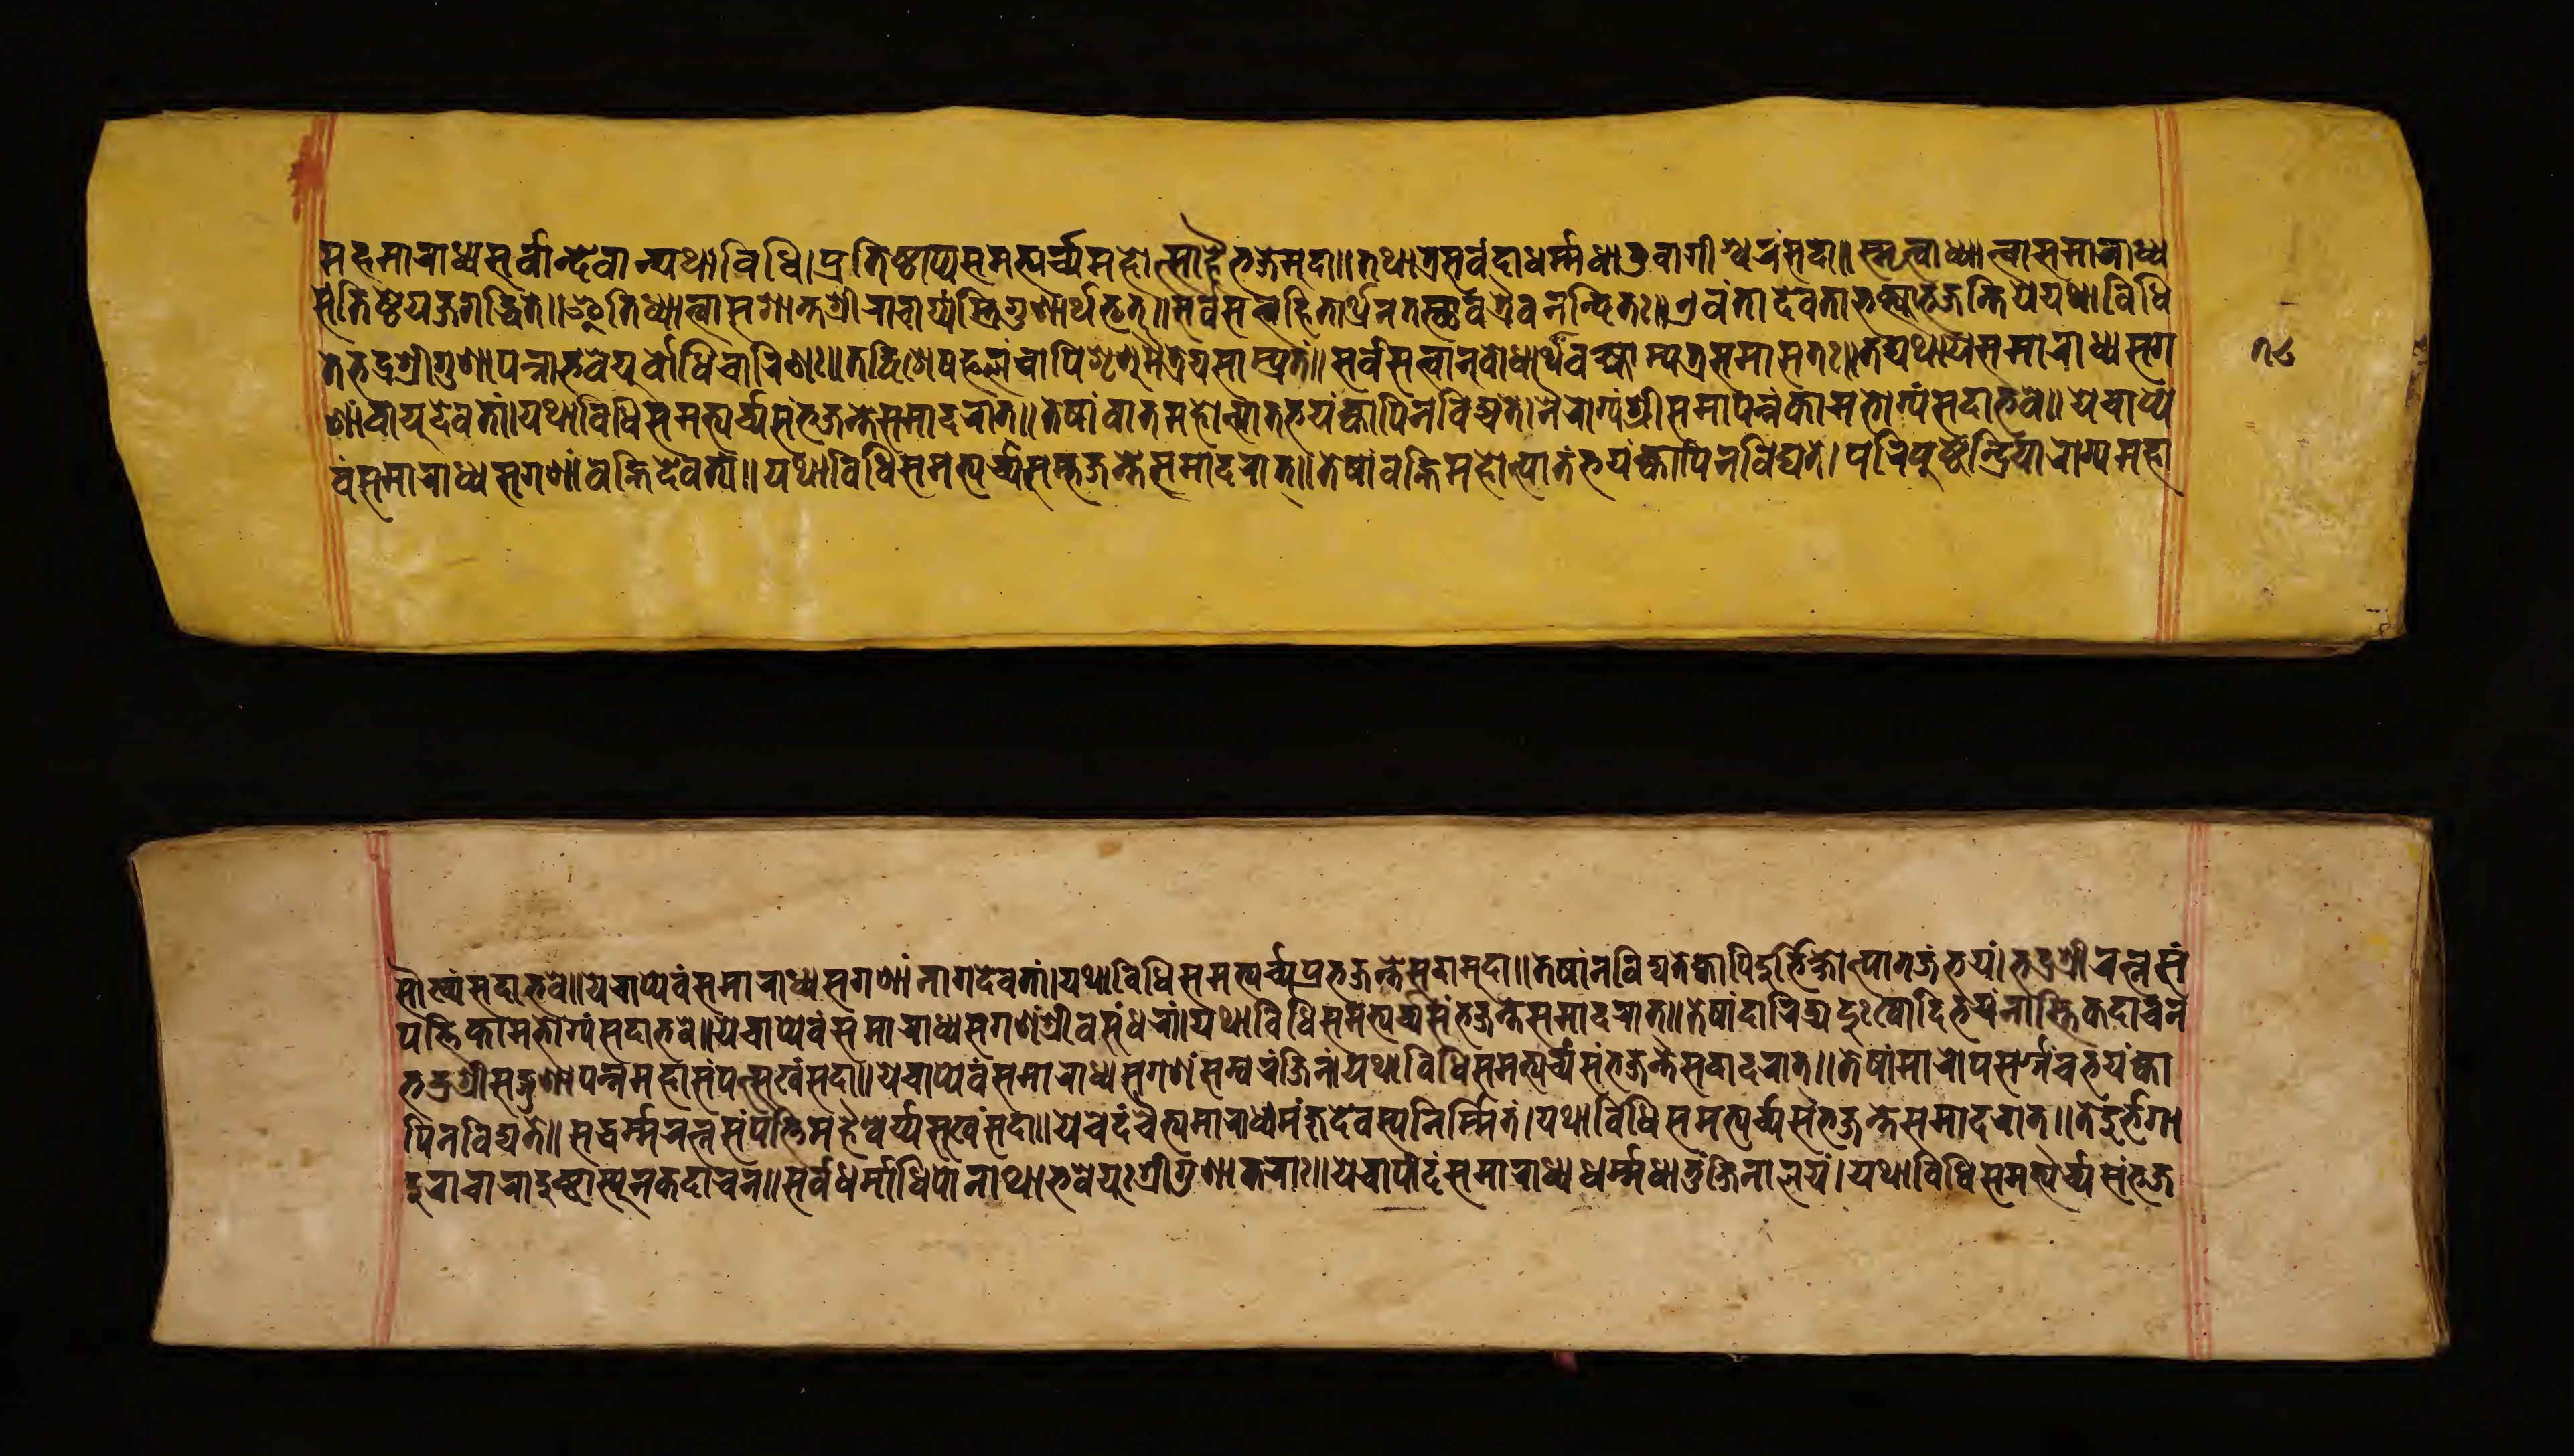
𑐩𑐴𑐩𑐵𑐬𑐵𑐢𑑂𑐫𑐳𑐬𑑂𑐰𑐵𑐣𑑂𑐡𑐾𑐰𑐵𑐣𑑂𑐫𑐠𑐵𑐰𑐶𑐢𑐶𑑋𑐥𑑂𑐬𑐟𑐶𑐲𑑂𑐛𑐵𑐥𑑂𑐫𑐳𑐩𑐨𑑂𑐫𑐬𑑂𑐔𑑂𑐫𑐩𑐴𑑀𑐟𑑂𑐳𑐵𑐴𑐿𑐬𑑂𑐨𑐖𑐾𑐩𑐸𑐡𑐵𑑌𑐟𑐠𑐵𑐟𑑂𑐬𑐳𑐬𑑂𑐰𑐡𑐵𑐢𑐬𑑂𑐩𑑂𑐩𑐢𑐵𑐟𑐸𑐰𑐵𑐐𑐷𑐱𑑂𑐰𑐬𑑄𑐳𑐡𑐵𑑌𑐳𑑂𑐩𑐺𑐟𑑂𑐰𑐵𑐢𑑂𑐫𑐵𑐟𑑂𑐰𑐵𑐳𑐩𑐵𑐬𑐵𑐢𑑂𑐫 𑐳𑑄𑐟𑐶𑐲𑑂𑐛𑐾𑐫𑑄𑐖𑐐𑐡𑑂𑐢𑐶𑐟𑐾𑑌𑐂𑐟𑐶𑐢𑑂𑐫𑐵𑐟𑑂𑐰𑐵𑐳𑐱𑐵𑐣𑑂𑐟𑐱𑑂𑐬𑐷𑐬𑐵𑐔𑐵𑐬𑑂𑐫𑐳𑑂𑐟𑑂𑐬𑐶𑐐𑐸𑐞𑐵𑐬𑑂𑐠𑐨𑐺𑐟𑑂𑑌𑐳𑐬𑑂𑐰𑐳𑐟𑑂𑐟𑑂𑐰𑐴𑐶𑐟𑐵𑐬𑑂𑐠𑐾𑐣𑐟𑐠𑐵𑐰𑐟𑑂𑐬𑐿𑐰𑐣𑐣𑑂𑐡𑐶𑐟𑑅𑑌𑐊𑐰𑑄𑐟𑐵𑐡𑐾𑐰𑐟𑐵𑐨𑐎𑑂𑐟𑑂𑐫𑐵𑐨𑐖𑐣𑑂𑐟𑐶𑐫𑐾𑐫𑐠𑐵𑐰𑐶𑐢𑐶 𑐟𑐾𑐨𑐡𑑂𑐬𑐱𑑂𑐬𑐷𑐐𑐸𑐞𑐵𑐥𑐣𑑂𑐣𑐵𑐨𑐰𑐾𑐫𑐸𑐬𑑂𑐧𑑀𑐢𑐶𑐔𑐵𑐬𑐶𑐞𑑅𑑌𑐟𑐡𑑂𑐰𑐶𑐱𑐾𑐲𑐦𑐮𑑄𑐔𑐵𑐥𑐶𑐱𑐺𑐞𑐸𑐩𑐿𑐟𑑂𑐬𑐾𑐫𑐳𑐵𑑄𑐥𑑂𑐬𑐟𑑄𑑌𑐳𑐬𑑂𑐰𑐳𑐟𑑂𑐟𑑂𑐰𑐵𑐣𑐸𑐧𑑀𑐢𑐵𑐬𑑂𑐠𑐰𑐎𑑂𑐲𑑂𑐫𑐵𑐩𑑂𑐫𑐟𑑂𑐬𑐳𑐩𑐵𑐳𑐟𑑅𑑌𑐟𑐡𑑂𑐫𑐠𑐵𑐫𑐾𑐳𑐩𑐵𑐬𑐵𑐢𑑂𑐫𑐳𑐐 𑐞𑐵𑑄𑐰𑐵𑐫𑐸𑐡𑐾𑐰𑐟𑐵𑑄𑑋𑐫𑐠𑐵𑐰𑐶𑐢𑐶𑐳𑐩𑐨𑑂𑐫𑐬𑑂𑐔𑑂𑐫𑐳𑑄𑐨𑐖𑐣𑑂𑐟𑐾𑐳𑐩𑐵𑐡𑐬𑐵𑐟𑑂𑑌𑐟𑐾𑐲𑐵𑑄𑐰𑐵𑐟𑐩𑐴𑑀𑐟𑑂𑐥𑐵𑐟𑐨𑐫𑑄𑐎𑑂𑐰𑐵𑐥𑐶𑐣𑐰𑐶𑐡𑑂𑐫𑐟𑐾𑑋𑐣𑐷𑐬𑑀𑐐𑑂𑐫𑑄𑐱𑑂𑐬𑐷𑐳𑐩𑐵𑐥𑐣𑑂𑐣𑑄𑐎𑐵𑐩𑐨𑑀𑐖𑑂𑐫𑑄𑐳𑐡𑐵𑐨𑐰𑐾𑑌𑐫𑐾𑐔𑐵𑐥𑑂𑐫𑐾 𑐰𑑄𑐳𑐩𑐵𑐬𑐵𑐢𑑂𑐫𑐳𑐐𑐞𑐵𑑄𑐰𑐴𑑂𑐣𑐶𑐡𑐾𑐰𑐟𑐵𑑄𑑌𑐫𑐠𑐵𑐰𑐶𑐢𑐶𑐳𑐩𑐨𑑂𑐫𑐬𑑂𑐔𑑂𑐫𑐳𑐩𑑂𑐨𑐖𑐣𑑂𑐟𑐾𑐳𑐩𑐵𑐡𑐬𑐵𑐟𑑂𑑌𑐟𑐾𑐲𑐵𑑄𑐰𑐴𑑂𑐣𑐶𑐩𑐴𑑀𑐟𑑂𑐥𑐵𑐟𑑄𑐨𑐫𑑄𑐎𑑂𑐰𑐵𑐥𑐶𑐣𑐰𑐶𑐡𑑂𑐫𑐟𑐾𑑋𑐥𑐬𑐶𑐥𑐸𑐲𑑂𑐚𑐾𑐣𑑂𑐡𑑂𑐬𑐶𑐫𑐵𑐬𑑀𑐐𑑂𑐫𑐩𑐴𑐵 𑐳𑑁𑐏𑑂𑐫𑑄𑐳𑐡𑐵𑐨𑐰𑐾𑑌𑐫𑐾𑐔𑐵𑐥𑑂𑐫𑐾𑐰𑑄𑐳𑐩𑐵𑐬𑐵𑐢𑑂𑐫𑐳𑐐𑐞𑐵𑑄𑐣𑐵𑐐𑐡𑐾𑐰𑐟𑐵𑑄𑑌𑐫𑐠𑐵𑐰𑐶𑐢𑐶𑐳𑐩𑐨𑑂𑐫𑐬𑑂𑐔𑑂𑐫𑐥𑑂𑐬𑐨𑐖𑐣𑑂𑐟𑐾𑐳𑐡𑐵𑐩𑐸𑐡𑐵𑑌𑐟𑐾𑐲𑐵𑑄𑐣𑐰𑐶𑐡𑑂𑐫𑐟𑐾𑐎𑑂𑐰𑐵𑐥𑐶𑐡𑐸𑐬𑑂𑐨𑐶𑐎𑑂𑐲𑑀𑐟𑑂𑐥𑐵𑐟𑐖𑑄𑐨𑐫𑑄𑑋𑐨𑐡𑑂𑐬𑐱𑑂𑐬𑐷𑐬𑐟𑑂𑐣𑐳𑑄 𑐥𑐟𑑂𑐟𑐶𑐎𑐵𑐩𑐨𑑀𑐖𑑂𑐫𑑄𑐳𑐡𑐵𑐨𑐰𑐾𑑌𑐫𑐾𑐔𑐵𑐥𑑂𑐫𑐾𑐰𑑄𑐳𑐩𑐵𑐬𑐵𑐢𑑂𑐫𑐳𑐐𑐞𑐵𑑄𑐱𑑂𑐬𑐷𑐧𑐳𑐸𑐣𑑂𑐢𑐬𑐵𑑄𑑋𑐫𑐠𑐵𑐰𑐶𑐢𑐶𑐳𑐩𑐨𑑂𑐫𑐬𑑂𑐔𑑂𑐫𑐳𑑄𑐨𑐖𑐣𑑂𑐟𑐾𑐳𑐩𑐵𑐡𑐬𑐵𑐟𑑂𑑌𑐟𑐾𑐲𑐵𑑄𑐡𑐵𑐬𑐶𑐡𑑂𑐬𑐫𑐡𑐸𑑅𑐏𑐵𑐡𑐶𑐨𑐫𑑄𑐣𑐵𑐳𑑂𑐟𑐶𑐎𑐡𑐵𑐔𑐣 𑐨𑐡𑑂𑐬𑐱𑑂𑐬𑐷𑐳𑐡𑑂𑐐𑐸𑐞𑐵𑐥𑐣𑑂𑐣𑐩𑐴𑐵𑐳𑑄𑐥𑐟𑑂𑐳𑐸𑐏𑑄𑐳𑐡𑐵𑑌𑐫𑐾𑐔𑐵𑐥𑑂𑐫𑐾𑐰𑑄𑐳𑐩𑐵𑐬𑐵𑐢𑑂𑐫𑐳𑐐𑐞𑑄𑐳𑐩𑑂𑐧𑐬𑑄𑐖𑐶𑐣𑑄𑑋𑐫𑐠𑐵𑐰𑐶𑐢𑐶𑐳𑐩𑐨𑑂𑐫𑐬𑑂𑐔𑑂𑐫𑐳𑑄𑐨𑐖𑐣𑑂𑐟𑐾𑐳𑐡𑐵𑐡𑐬𑐵𑐟𑑂𑑌𑐟𑐾𑐲𑐵𑑄𑐩𑐵𑐬𑐵𑐥𑐳𑐬𑑂𑐐𑑂𑐐𑐔𑐨𑐫𑑄𑐎𑑂𑐰𑐵 𑐥𑐶𑐣𑐰𑐶𑐡𑑂𑐫𑐟𑐾𑑌𑐳𑐡𑑂𑐢𑐬𑑂𑐩𑑂𑐩𑐬𑐟𑑂𑐣𑐳𑑄𑐥𑐟𑑂𑐟𑐶𑐩𑐴𑐿𑐱𑑂𑐰𑐬𑑂𑐫𑐳𑐸𑐏𑑄𑐳𑐡𑐵𑑌𑐫𑐾𑐔𑐾𑐡𑑄𑐔𑐿𑐟𑑂𑐫𑐩𑐵𑐬𑐵𑐢𑑂𑐫𑐩𑐘𑑂𑐖𑐸𑐡𑐾𑐰𑐳𑑂𑐫𑐣𑐶𑐬𑑂𑐩𑑂𑐩𑐶𑐟𑑄𑑋𑐫𑐠𑐵𑐰𑐶𑐢𑐶𑐳𑐩𑐨𑑂𑐫𑐬𑑂𑐔𑑂𑐫𑐳𑑄𑐨𑐖𑐣𑑂𑐟𑐾𑐳𑐩𑐵𑐡𑐬𑐵𑐟𑑂𑑌𑐟𑐡𑑂𑐡𑐸𑐬𑑂𑐨𑐐𑐵 𑐡𑐸𑐬𑐵𑐔𑐵𑐬𑐵𑐡𑐸𑐲𑑂𑐚𑐵𑐳𑑂𑐫𑐸𑐬𑑂𑐣𑐎𑐡𑐵𑐔𑐣𑑌𑐳𑐬𑑂𑐰𑐾𑐢𑐬𑑂𑐩𑐵𑐢𑐶𑐥𑐵𑐣𑐵𑐠𑐵𑐨𑐰𑐾𑐫𑐸𑑅𑐱𑑂𑐬𑐷𑐐𑐸𑐞𑐵𑐎𑐬𑐵𑑅𑑌𑐫𑐾𑐔𑐵𑐥𑐷𑐡𑑄𑐳𑐩𑐵𑐬𑐵𑐢𑑂𑐫𑐢𑐬𑑂𑐩𑑂𑐩𑐢𑐵𑐟𑐸𑑄𑐖𑐶𑐣𑐵𑐮𑐫𑑄𑑋𑐫𑐠𑐵𑐰𑐶𑐢𑐶𑐳𑐩𑐨𑑂𑐫𑐬𑑂𑐔𑑂𑐫𑐳𑐩𑑂𑐨𑐖 undefined𑑗𑑘